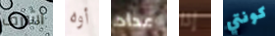
أشرف أوه عداد إذا كونتي